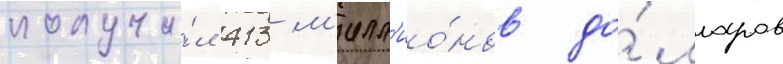
получи́л 413 м'илл'ио́нов до́лларов